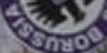
DORUSSIA